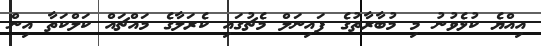
އިއްޔެ ކުޅެވުނު މި މުބާރާތުގެ ފައިނަލް މެޗުގައި ކެރަލާގެ މައްޗައް ކަލްކަތާ އިން